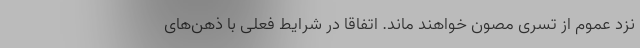
نزد عموم از تسری مصون خواهند ماند. اتفاقا در شرایط فعلی با ذهن‌های